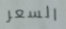
السعر